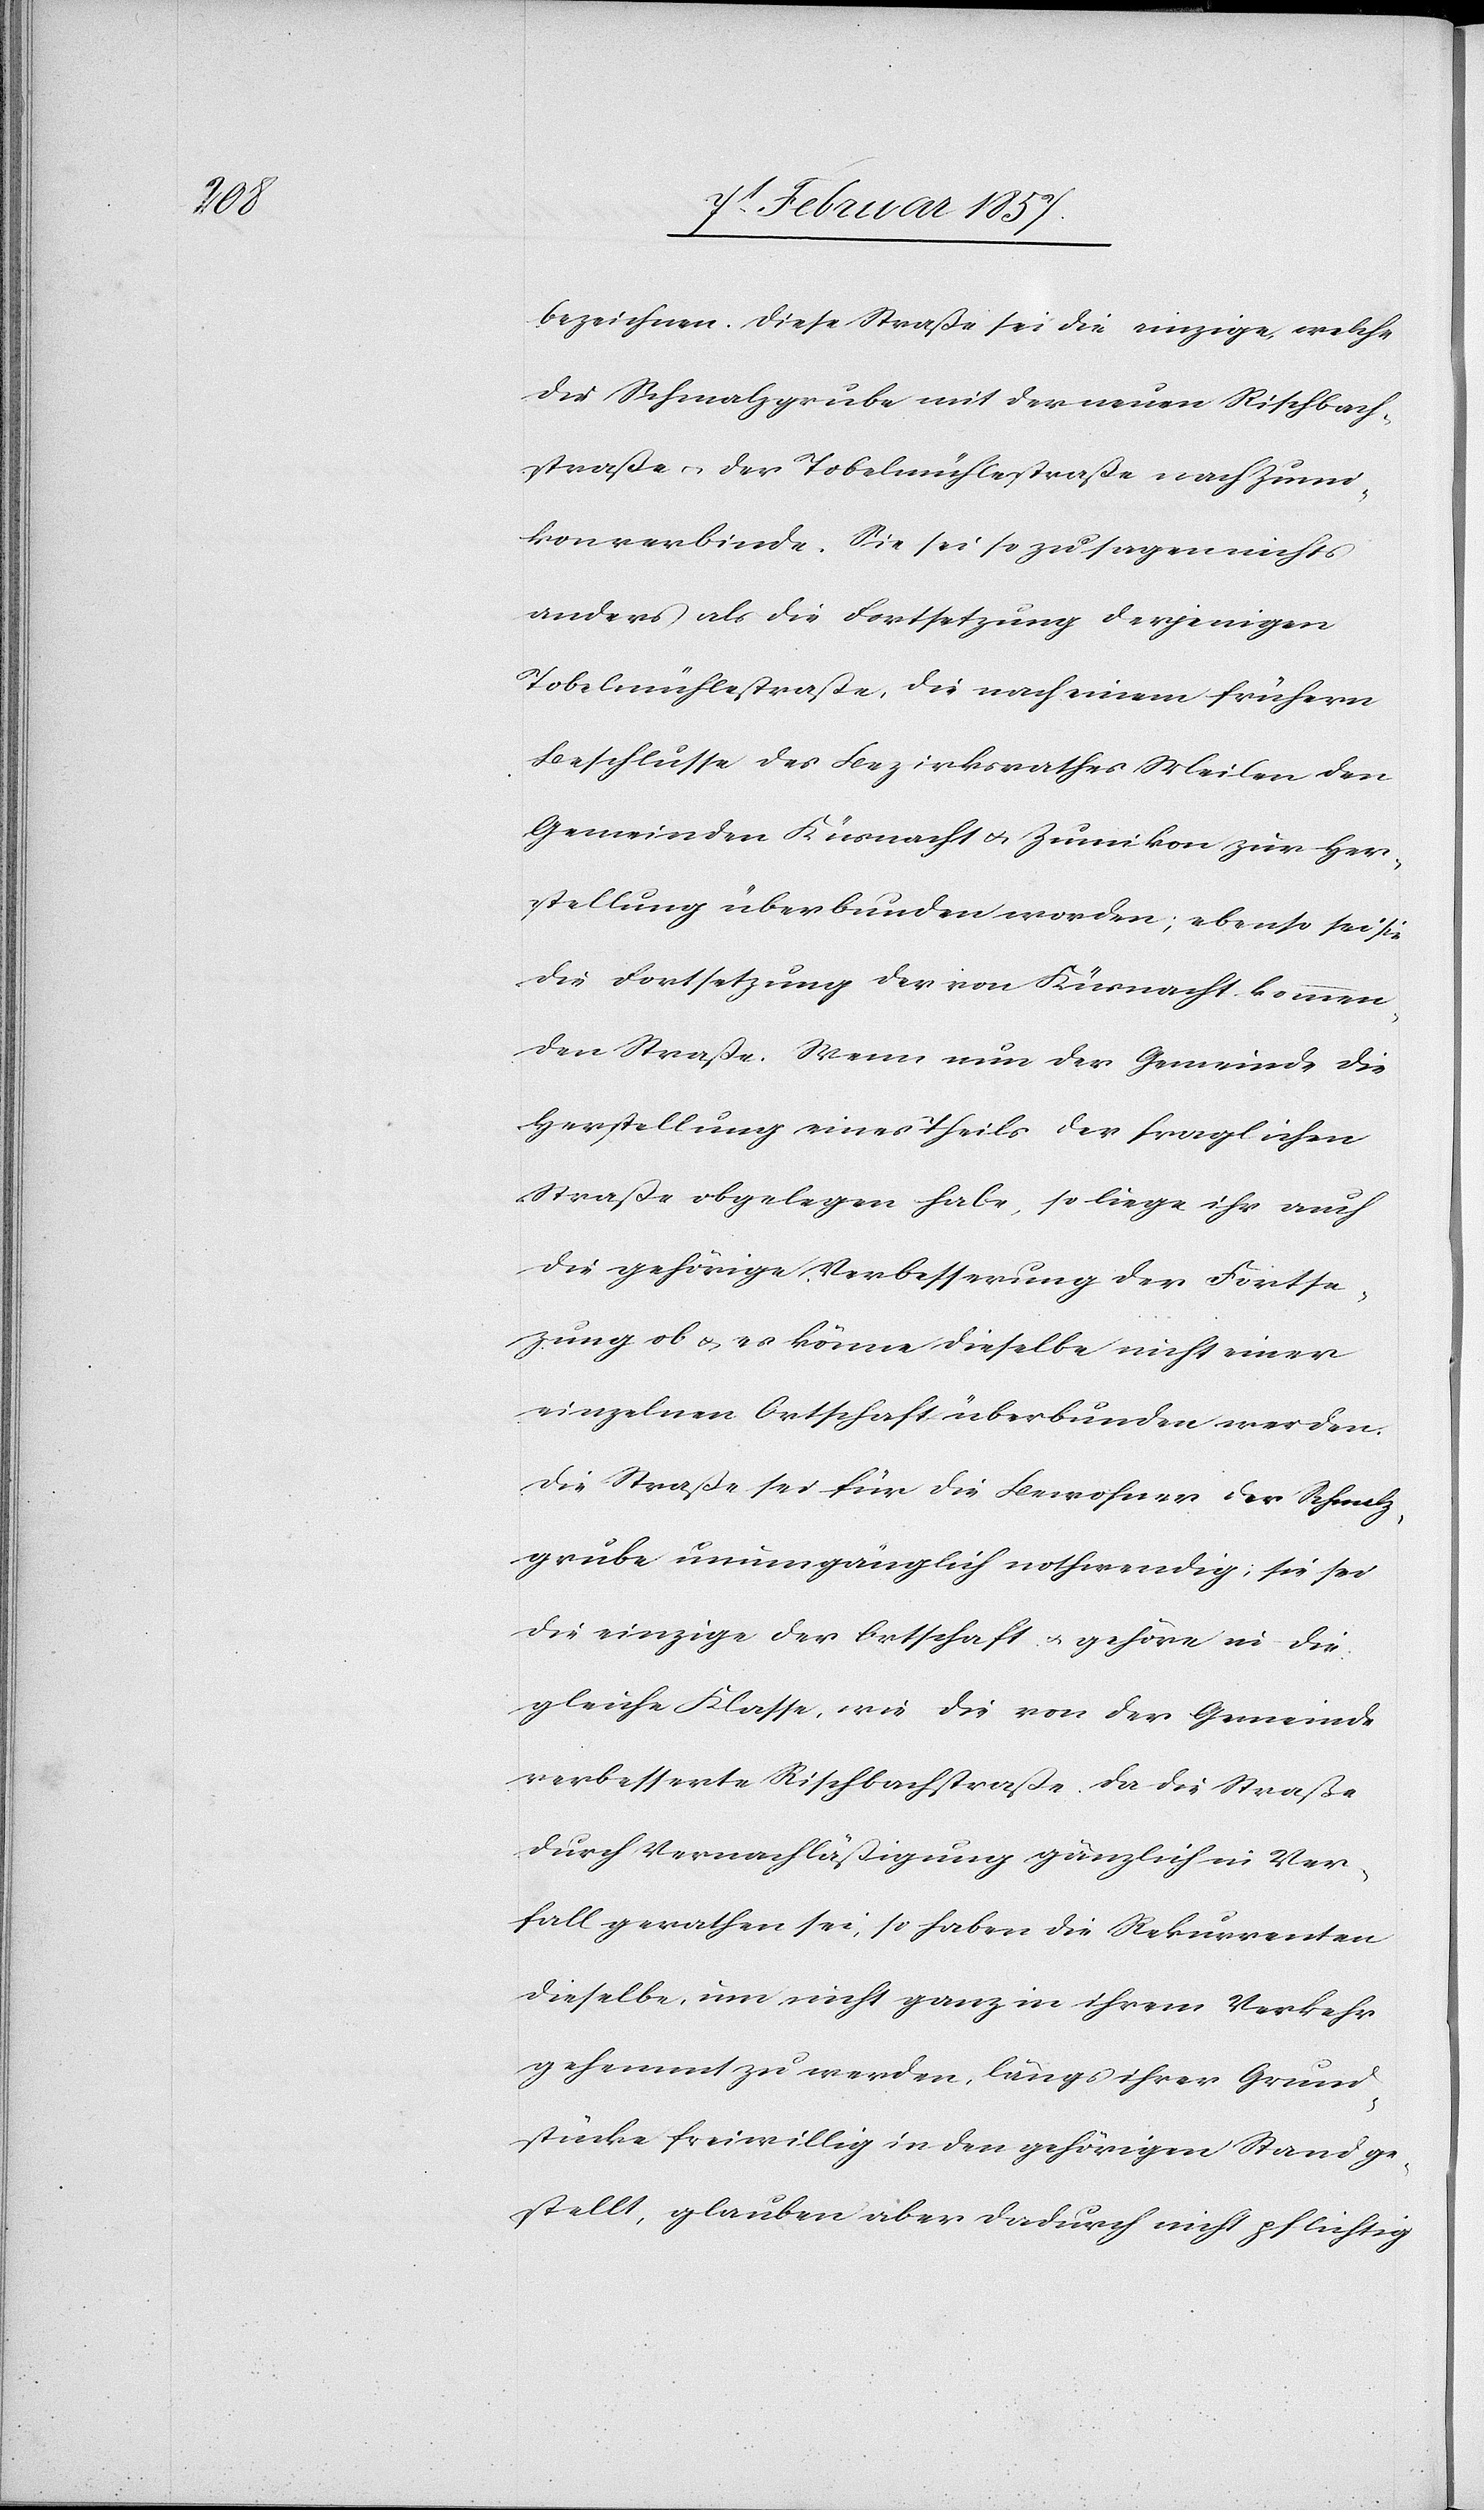
bezeichnen. Diese Straße sei die einzige, welche
die Schmalzgrube mit der neuen Rischbach¬
strasse u. der Tobelmühlestraße nach Zumi¬
kon verbinde. Sie sei so zu sagen nichts
anders als die Fortsetzung derjenigen
Tobelmühlestrasse, die nach einem frühern
Beschlusse des Bezirksrathes Meilen den
Gemeinden Küsnacht u. Zumikon zur Her¬
stellung überbunden worden; ebenso sei sie
die Fortsetzung der von Küsnacht kommen¬
den Straße. Wenn nun der Gemeinde die
Herstellung eines Theils der fraglichen
Strasse obgelegen habe, so liege ihr auch
die gehörige Verbesserung der Fortse¬
tzung ob u. es könne dieselbe nicht einer
einzelnen Ortschaft überbunden werden.
Die Strasse sei für die Bewohner der Schmalz¬
grube unumgänglich nothwendig; sie sei
die einzige der Ortschaft u. gehöre in die
gleiche Klasse, wie die von der Gemeinde
verbesserte Rischbachstrasse. Da die Straße
durch Vernachlässigung gänzlich in Ver¬
fall gerathen sei, so haben die Rekurrenten
dieselbe, um nicht ganz in ihrem Verkehr
gehemmt zu werden, längs ihrer Grund¬
stücke freiwillig in den gehörigen Stand ge¬
stellt, glauben aber dadurch nicht pflichtig